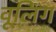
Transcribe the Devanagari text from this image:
वूलिंग